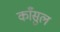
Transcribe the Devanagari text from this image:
काँसुल